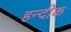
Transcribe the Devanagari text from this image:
हन्दीक